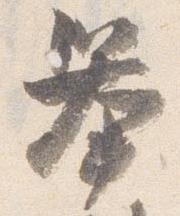
挙